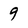
Character: 9